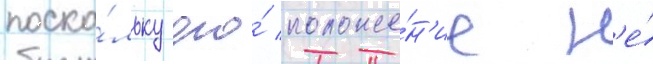
поско́льку его́ положе́н'ие н'е́